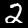
Digit: 2